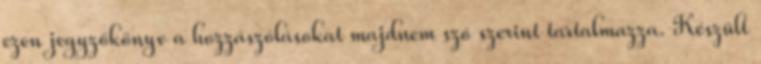
ezen jegyzőkönyv a hozzászólásokat majdnem szó szerint tartalmazza. Készült